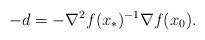
LaTeX: \begin{align*}-d = -\nabla^2 f (x_*)^{-1}\nabla f(x_0).\end{align*}